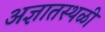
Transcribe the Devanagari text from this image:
अज्ञातस्थळी